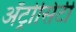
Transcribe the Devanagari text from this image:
अॅट्रोसिटी